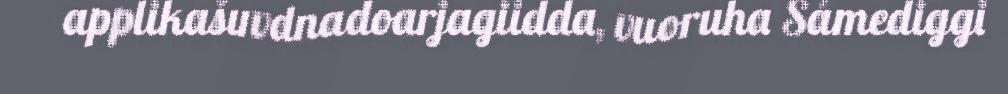
applikašuvdnadoarjagiidda, vuoruha Sámediggi